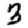
Digit: 3